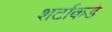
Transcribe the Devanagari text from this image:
शर्टाकडे